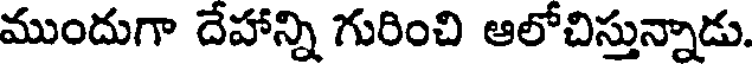
ముందుగా దేహాన్ని గురించి ఆలోచిస్తున్నాడు.